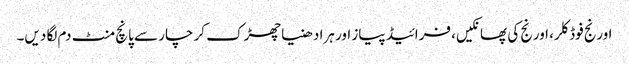
اورنج فوڈ کلر، اورنج کی پھانکیں، فرائیڈ پیاز اور ہرا دھنیا چھڑک کر چار سے پانچ منٹ دم لگا دیں۔